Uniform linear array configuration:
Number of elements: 16
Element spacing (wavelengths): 0.75
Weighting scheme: blackman
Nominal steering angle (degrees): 60
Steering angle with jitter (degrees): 58.968
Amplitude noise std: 0.05
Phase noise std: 0.05

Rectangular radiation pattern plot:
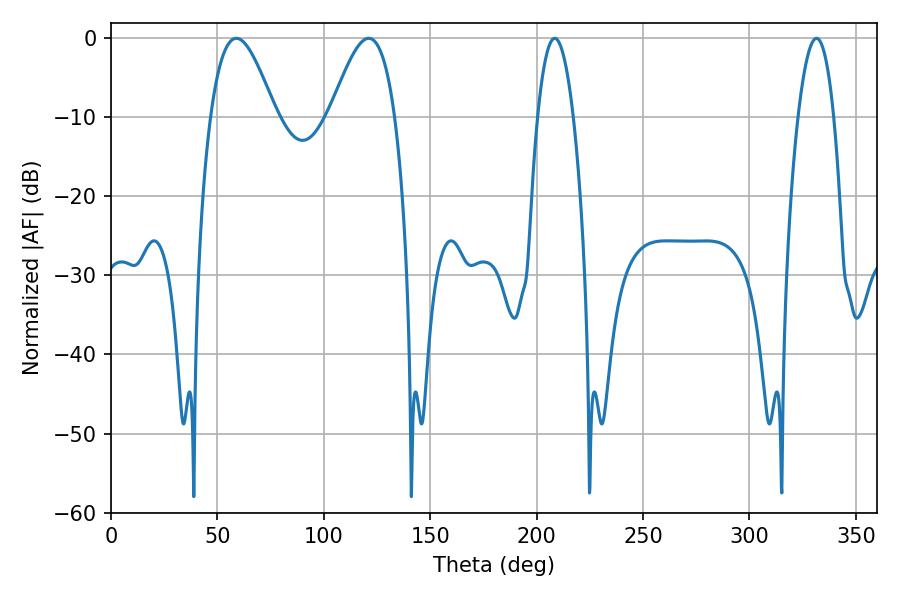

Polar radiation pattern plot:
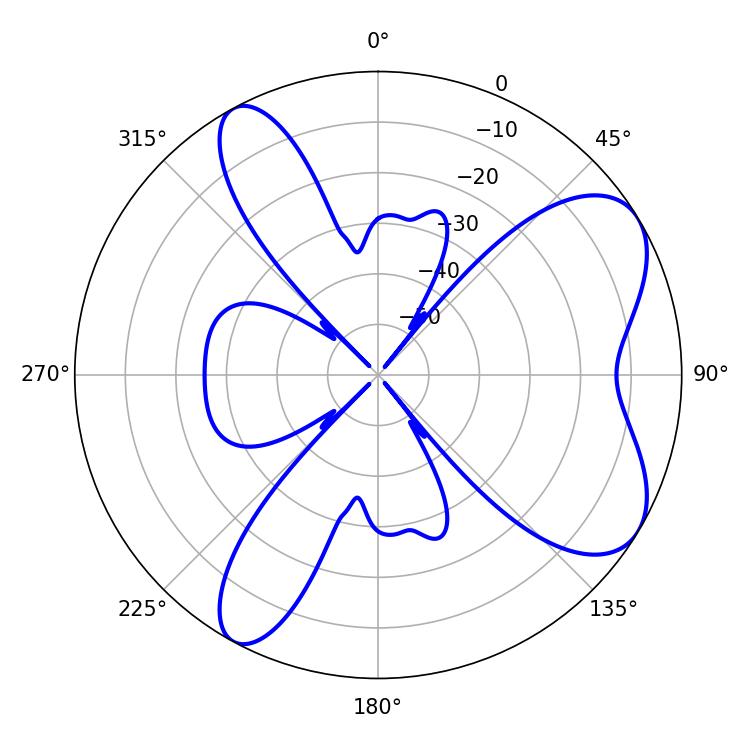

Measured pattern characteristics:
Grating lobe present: TRUE
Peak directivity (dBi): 7.063
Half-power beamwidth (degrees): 16.38
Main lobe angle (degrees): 121.14